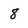
Character: 8